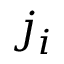
j _ { i }